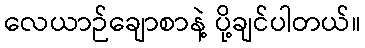
လေယာဉ်ချောစာနဲ့ ပို့ချင်ပါတယ်။